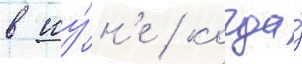
в иу́н'е / когда́